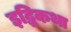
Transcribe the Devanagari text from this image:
इद्धिकथा